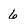
Character: 6